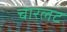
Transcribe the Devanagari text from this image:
चारलट